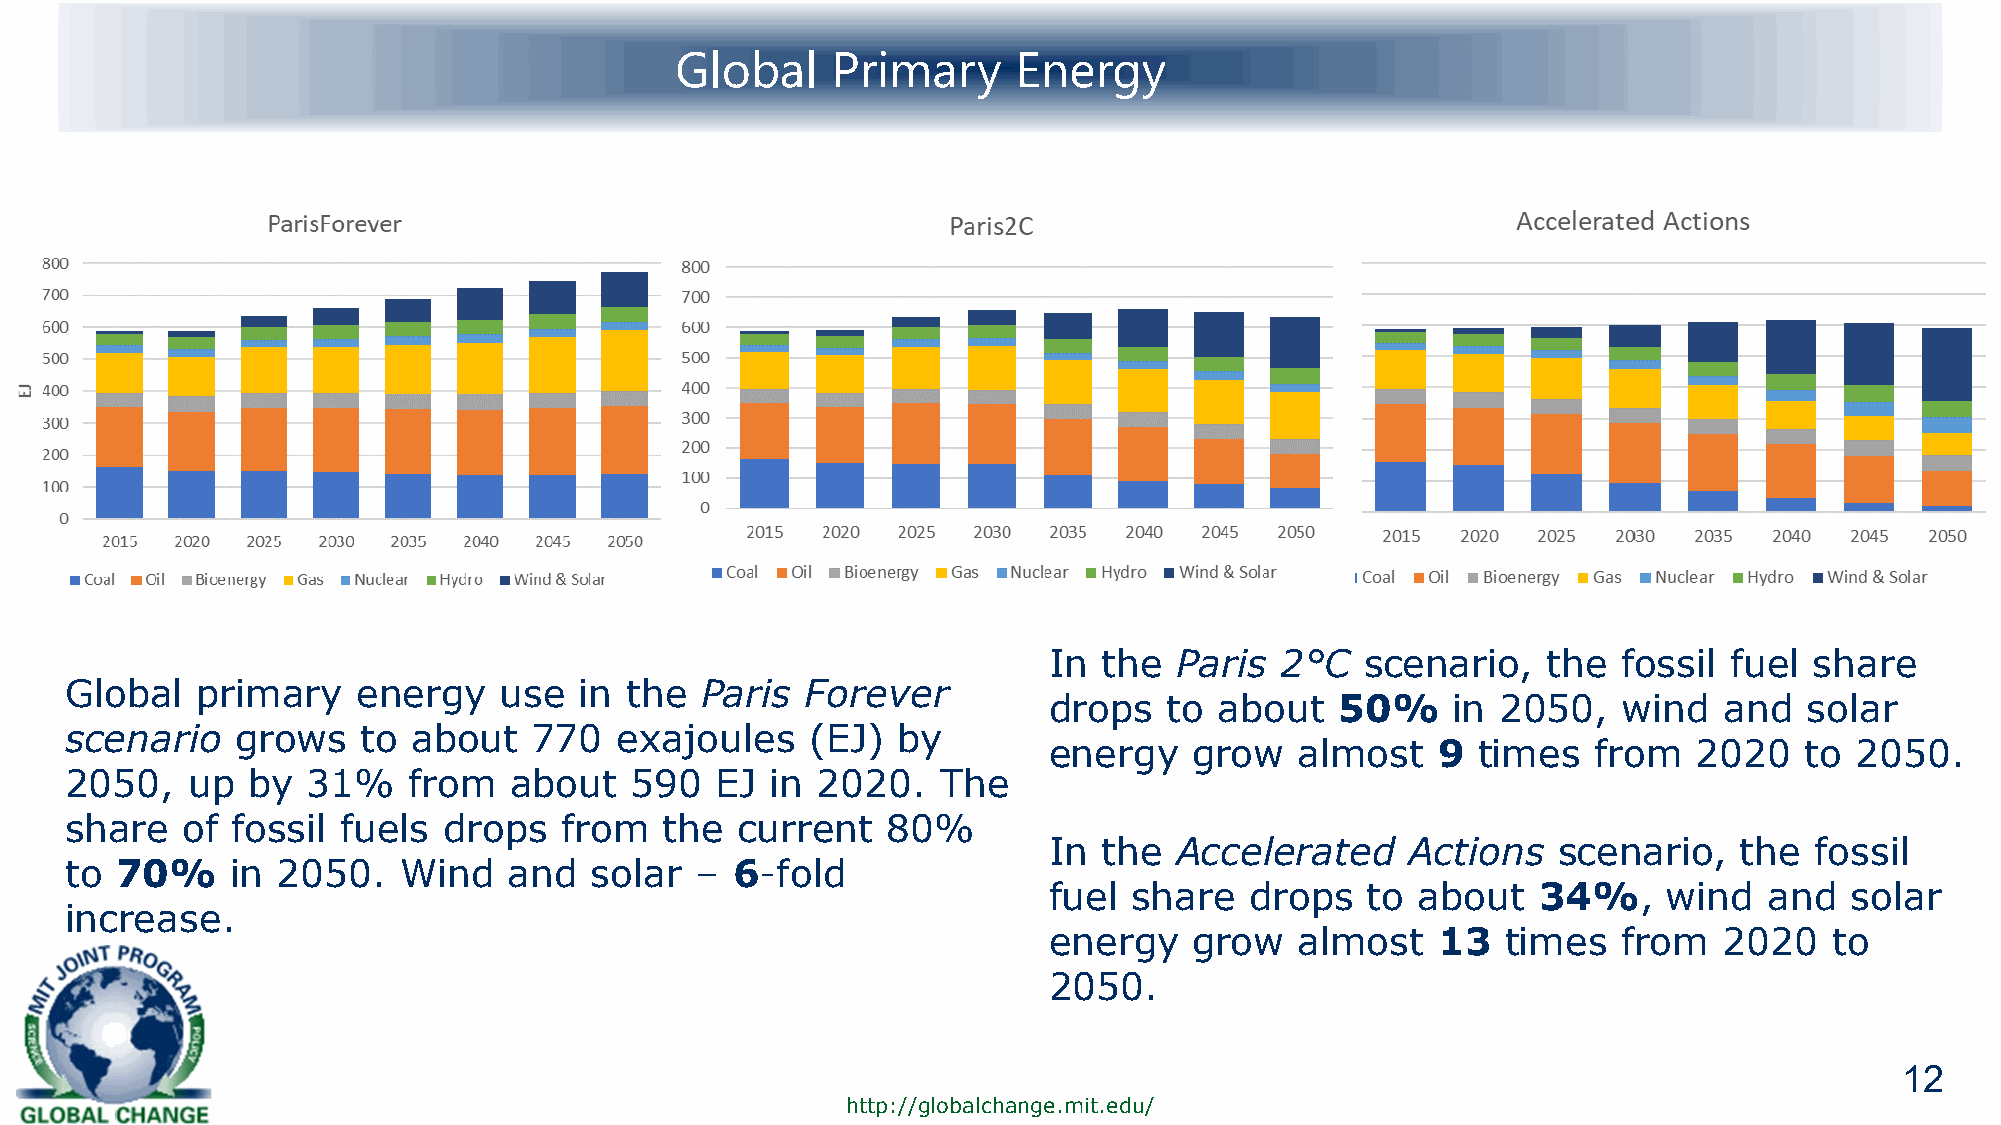
Global    Primary     Energy
 In  the  Paris  2°C  scenario,   the  fossil  fuel share
 Global   primary    energy   use  in the  Paris  Forever
 drops   to  about   50%    in 2050,   wind   and   solar
 scenario    grows   to about   770   exajoules    (EJ) by
 energy    grow   almost   9  times   from  2020   to  2050.
 2050,   up  by  31%    from   about   590  EJ  in 2020.   The
 share   of fossil  fuels drops   from   the  current   80%
 In  the  Accelerated    Actions   scenario,   the  fossil
 to  70%    in 2050.   Wind    and  solar  – 6-fold
 fuel  share   drops  to  about   34%,    wind   and  solar
 increase.
 energy    grow   almost   13   times  from   2020   to
 2050.
 12
 http://globalchange.mit.edu/